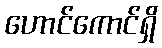
ဟောင်ကောင်ရှိ